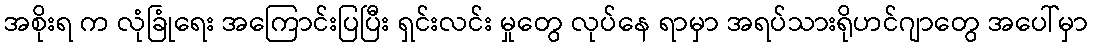
အစိုးရ က လုံခြုံရေး အကြောင်းပြပြီး ရှင်းလင်း မှုတွေ လုပ်နေ ရာမှာ အရပ်သားရိုဟင်ဂျာတွေ အပေါ်မှာ